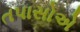
તપાસોએ